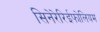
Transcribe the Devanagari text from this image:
सिनेरेरिईफोलियम